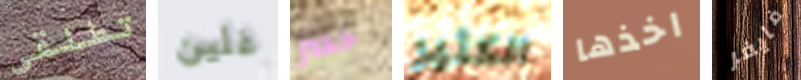
تطلقي غلين حصر الكثير اخذها فايفر